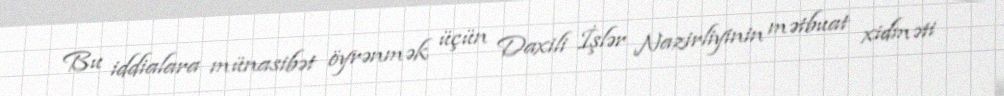
Bu iddialara münasibət öyrənmək üçün Daxili İşlər Nazirliyinin mətbuat xidməti